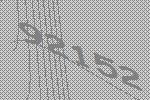
92152